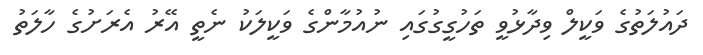
ދައުލަތުގެ ވަކީލް ވިދާޅުވީ ތަހުގީގުގައި ނުއުމާންގެ ވަކީލަކު ނެތީ އޭރު އެރަށުގެ ހާލަތު